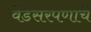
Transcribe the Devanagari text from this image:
वेडसरपणाचे